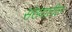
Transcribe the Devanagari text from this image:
संख्यातील